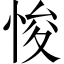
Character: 悛